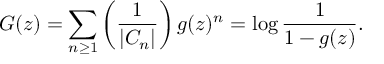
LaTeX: G ( z ) = \sum _ { n \geq 1 } \left( { \frac { 1 } { | C _ { n } | } } \right) g ( z ) ^ { n } = \log { \frac { 1 } { 1 - g ( z ) } } .